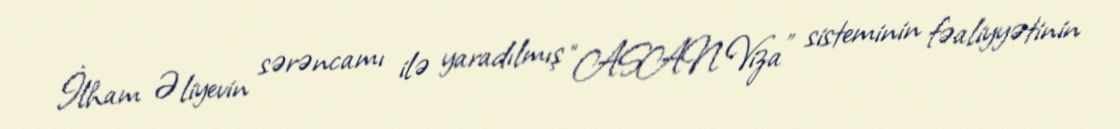
İlham Əliyevin sərəncamı ilə yaradılmış “ASAN Viza” sisteminin fəaliyyətinin